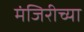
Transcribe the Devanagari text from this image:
मंजिरीच्या